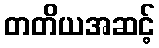
တတိယအဆင့်